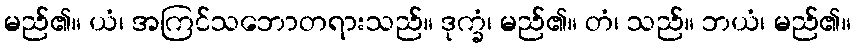
မည်၏။ ယံ၊ အကြင်သဘောတရားသည်။ ဒုက္ခံ၊ မည်၏။ တံ၊ သည်။ ဘယံ၊ မည်၏။